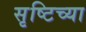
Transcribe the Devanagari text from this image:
सृष्टिच्या